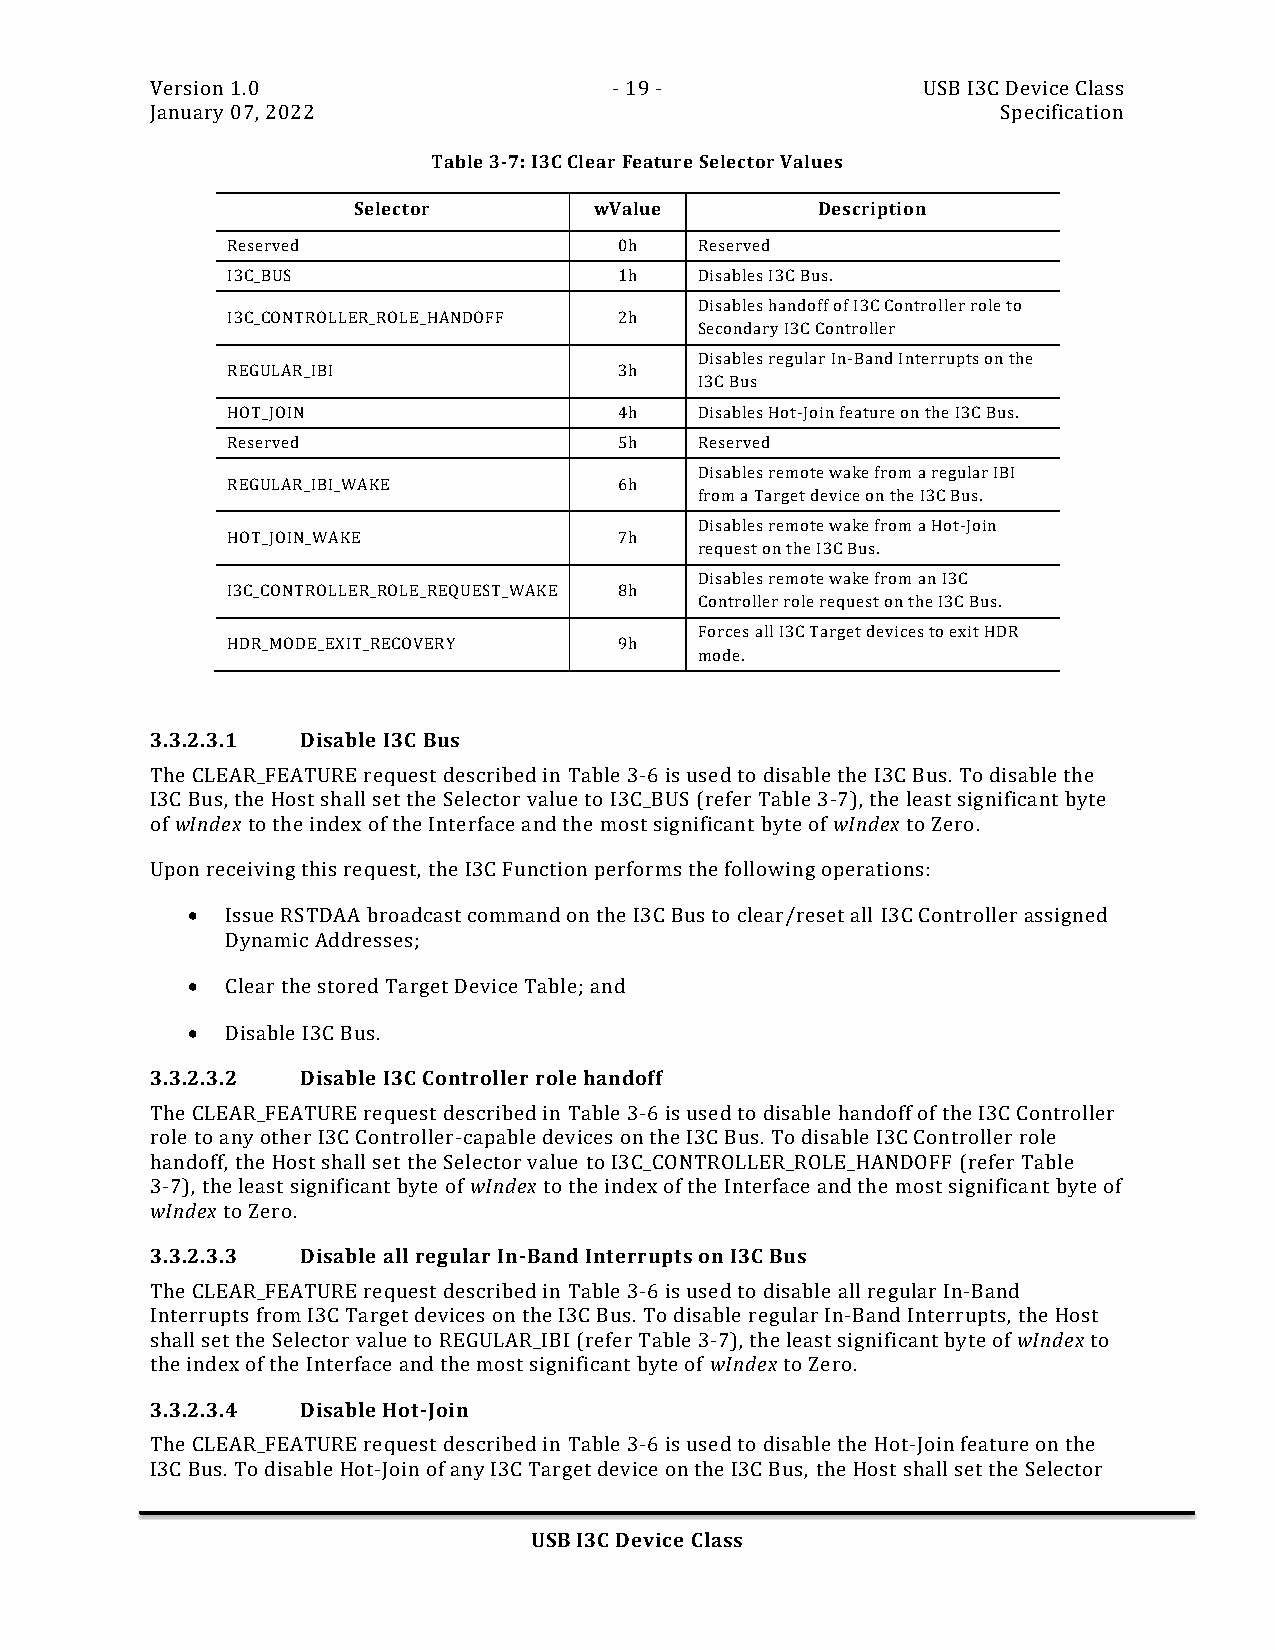
Version 1.0                    - 19 -              USB I3C Device Class
 January 07, 2022                                        Specification
 Table 3-7: I3C Clear Feature Selector Values
 Selector        wValue         Description
 Reserved                  0h   Reserved
 I3C_BUS                   1h   Disables I3C Bus.
 Disables handoff of I3C Controller role to
 I3C_CONTROLLER_ROLE_HANDOFF 2h
 Secondary I3C Controller
 Disables regular In-Band Interrupts on the
 REGULAR_IBI               3h
 I3C Bus
 HOT_JOIN                  4h   Disables Hot-Join feature on the I3C Bus.
 Reserved                  5h   Reserved
 Disables remote wake from a regular IBI
 REGULAR_IBI_WAKE          6h
 from a Target device on the I3C Bus.
 Disables remote wake from a Hot-Join
 HOT_JOIN_WAKE             7h
 request on the I3C Bus.
 Disables remote wake from an I3C
 I3C_CONTROLLER_ROLE_REQUEST_WAKE 8h
 Controller role request on the I3C Bus.
 Forces all I3C Target devices to exit HDR
 HDR_MODE_EXIT_RECOVERY    9h
 mode.
 3.3.2.3.1 Disable I3C Bus
 The CLEAR_FEATURE request described in Table 3-6 is used to disable the I3C Bus. To disable the
 I3C Bus, the Host shall set the Selector value to I3C_BUS (refer Table 3-7), the least significant byte
 of wIndex to the index of the Interface and the most significant byte of wIndex to Zero.
 Upon receiving this request, the I3C Function performs the following operations:
 •  Issue RSTDAA broadcast command on the I3C Bus to clear/reset all I3C Controller assigned
 Dynamic Addresses;
 •  Clear the stored Target Device Table; and
 •  Disable I3C Bus.
 3.3.2.3.2 Disable I3C Controller role handoff
 The CLEAR_FEATURE request described in Table 3-6 is used to disable handoff of the I3C Controller
 role to any other I3C Controller-capable devices on the I3C Bus. To disable I3C Controller role
 handoff, the Host shall set the Selector value to I3C_CONTROLLER_ROLE_HANDOFF (refer Table
 3-7), the least significant byte of wIndex to the index of the Interface and the most significant byte of
 wIndex to Zero.
 3.3.2.3.3 Disable all regular In-Band Interrupts on I3C Bus
 The CLEAR_FEATURE request described in Table 3-6 is used to disable all regular In-Band
 Interrupts from I3C Target devices on the I3C Bus. To disable regular In-Band Interrupts, the Host
 shall set the Selector value to REGULAR_IBI (refer Table 3-7), the least significant byte of wIndex to
 the index of the Interface and the most significant byte of wIndex to Zero.
 3.3.2.3.4 Disable Hot-Join
 The CLEAR_FEATURE request described in Table 3-6 is used to disable the Hot-Join feature on the
 I3C Bus. To disable Hot-Join of any I3C Target device on the I3C Bus, the Host shall set the Selector
 USB I3C Device Class